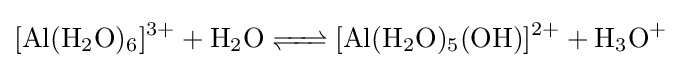
{\ce {[Al(H2O)6]^3+ + H2O <=> [Al(H2O)5(OH)]^2+ + H3O+}}